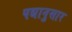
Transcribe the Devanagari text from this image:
पद्यानुसार